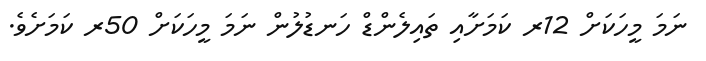
ނަމަ މީހަކަށް 12ރ ކަމަށާއި ތައިލެންޑް ހަނޑުލުން ނަމަ މީހަކަށް 50ރ ކަމަށެވެ.